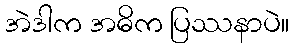
အဲဒါက အဓိက ပြဿနာပဲ။